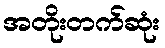
အတိုးတက်ဆုံး